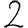
Digit: 2